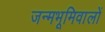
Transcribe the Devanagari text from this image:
जन्मभूमिवालों